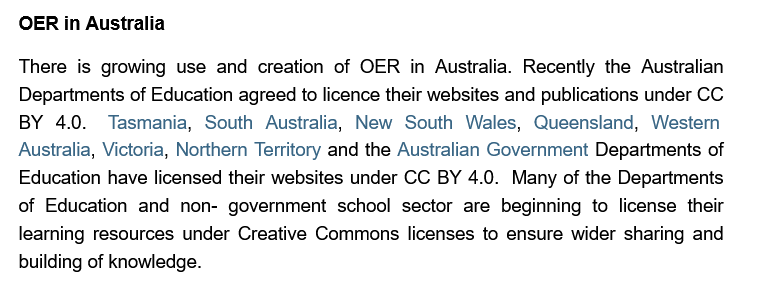
OER in Australia
   There is growing use and creation of OER in Australia. Recently the Australian
   Departments of Education agreed to licence their websites and publications under CC.
   BY 4.0.  Tasmania, South  Australia, New South Wales, Queensland,  Western
   Australia, Victoria, Northern Territory and the Australian Government Departments of
   Education have licensed their websites under CC BY 4.0. Many of the Departments
   of Education and non- government school sector are beginning to license their
   learning resources under Creative Commons licenses to ensure wider sharing and
   building of knowledge.